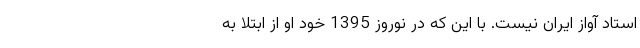
استاد آواز ایران نیست. با این که در نوروز 1395 خود او از ابتلا به